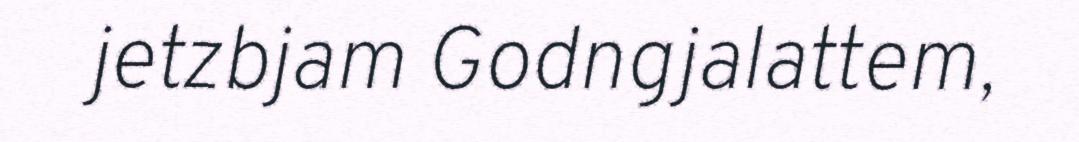
jetzbjam Godngjalattem,